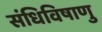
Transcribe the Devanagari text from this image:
संधिविषाणु